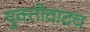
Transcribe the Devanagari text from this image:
युक्तीवादच